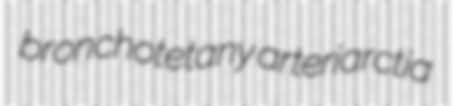
bronchotetany arteriarctia